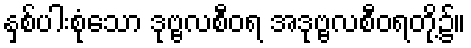
နှစ်ပါးစုံသော ဒုဗ္ဗလစီဝရ အဒုဗ္ဗလစီဝရတို့၌။